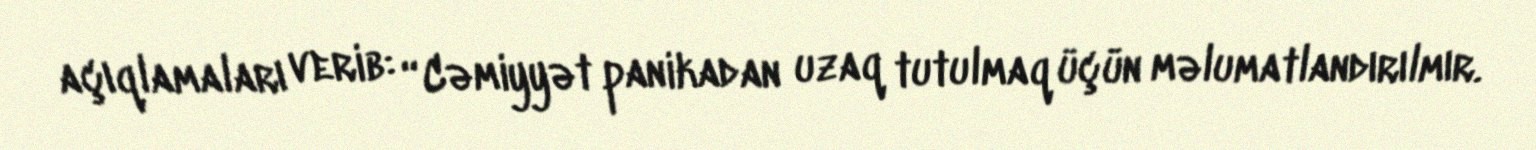
açıqlamaları verib: “Cəmiyyət panikadan uzaq tutulmaq üçün məlumatlandırılmır.